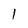
Character: 1